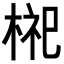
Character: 𪲢